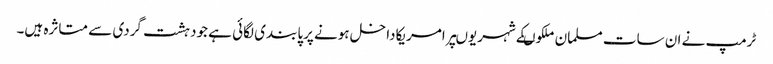
ٹرمپ نے ان سات مسلمان ملکوںکے شہریوںپرامریکاداخل ہونے پرپابندی لگائی ہے جودہشت گردی سے متاثرہ ہیں۔